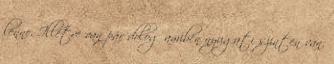
lenne. Illetve van pár dolog amiben nyugati szinten van.